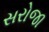
સરોજા